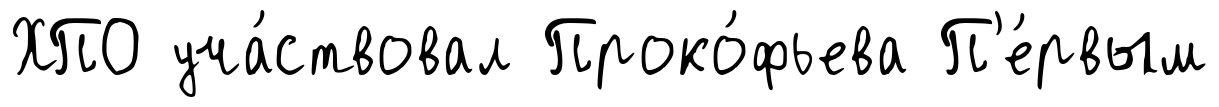
ХПО уча́ствовал Проко́фьева П'е́рвым